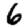
Digit: 6